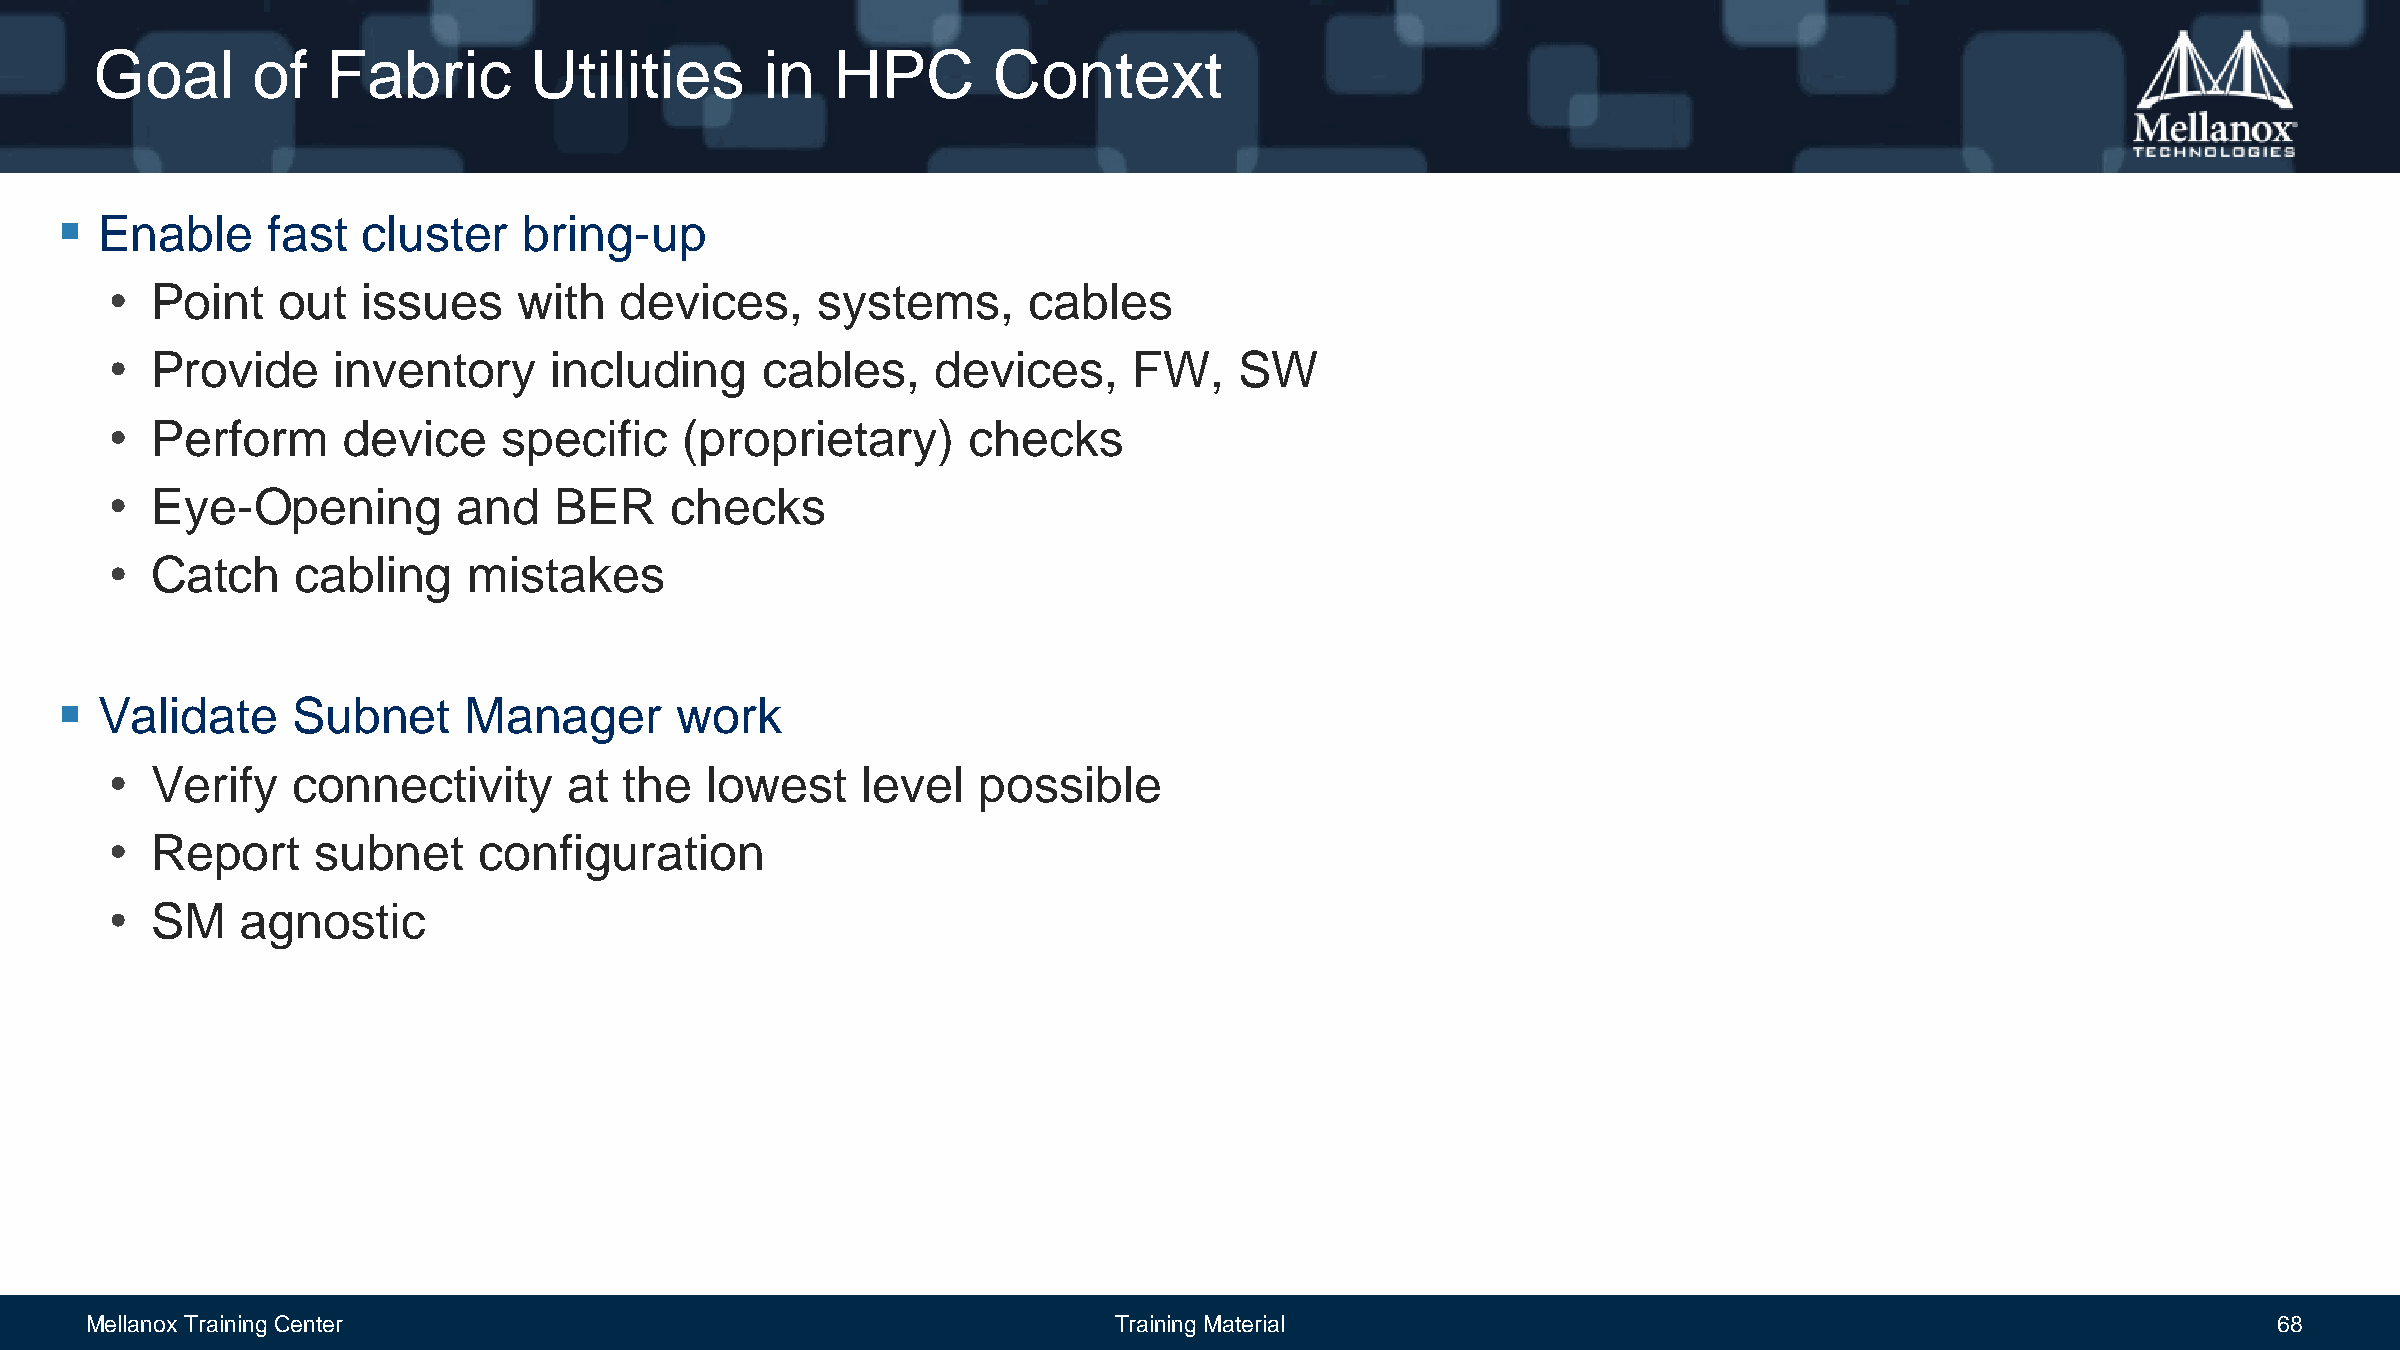
Goal       of   Fabric       Utilities       in  HPC        Context
  Enable      fast  cluster    bring-up
 •  Point   out   issues    with   devices,     systems,      cables
 •  Provide     inventory     including      cables,    devices,     FW,    SW
 •  Perform      device    specific    (proprietary)      checks
 •  Eye-Opening         and    BER    checks
 •  Catch     cabling    mistakes
  Validate     Subnet      Manager       work
 •  Verify   connectivity       at the   lowest    level   possible
 •  Report     subnet     configuration
 •  SM    agnostic
 Mellanox Training Center                                            Training Material                                                            68